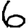
Digit: 6